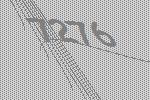
7276